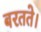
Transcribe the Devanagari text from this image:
बरतते।